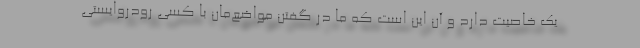
یک خاصیت دارد و آن این است که ما در گفتن مواضع‌مان با کسی رودروایستی